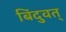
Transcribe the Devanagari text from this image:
बिंदुवत्